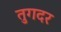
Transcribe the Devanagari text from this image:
तुगदर